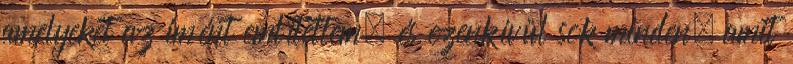
amelyeket az imént említettem, és ezenkívül sok minden, amit